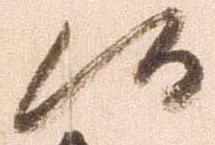
候